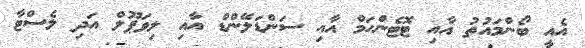
އެއީ ބޯންމައުތު އާއި ޓޮޓެންހަމް އާއި ސަންޑަލޭންޑް އާއި ލިވަޕޫލް އަދި ލެސްޓާ